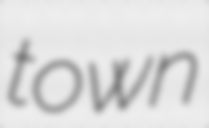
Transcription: town